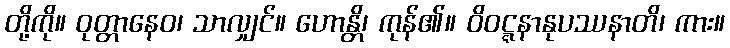
တို့ကို။ ဝုတ္တာနေဝ၊ သာလျှင်။ ဟောန္တိ၊ ကုန်၏။ ဝိဝဋ္ဋနာနုပဿနာတိ၊ ကား။